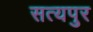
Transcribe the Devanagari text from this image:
सत्यपुर